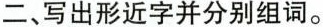
二、写出形近字并分别组词。